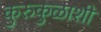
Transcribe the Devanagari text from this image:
कुरुकुळाशी